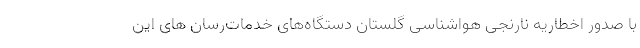
با صدور اخطاریه نارنجی هواشناسی گلستان دستگاه‌های خدمات‌رسان های این